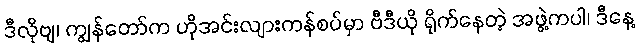
ဒီလိုဗျ၊ ကျွန်တော်က ဟိုအင်းလျားကန်စပ်မှာ ဗီဒီယို ရိုက်နေတဲ့ အဖွဲ့ကပါ၊ ဒီနေ့